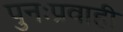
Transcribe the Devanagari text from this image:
पुनःप्रवाही